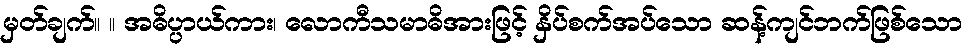
မှတ်ချက်။ ။ အဓိပ္ပာယ်ကား၊ လောကီသမာဓိအားဖြင့် နှိပ်စက်အပ်သော ဆန့်ကျင်ဘက်ဖြစ်သော